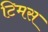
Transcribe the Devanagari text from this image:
टिमस